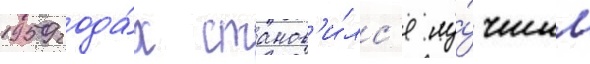
1959 года́х станов'и́лс'я лу́чшим